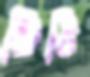
চিঠি